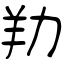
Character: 劷